Virumaa_algkoolid, lk 13
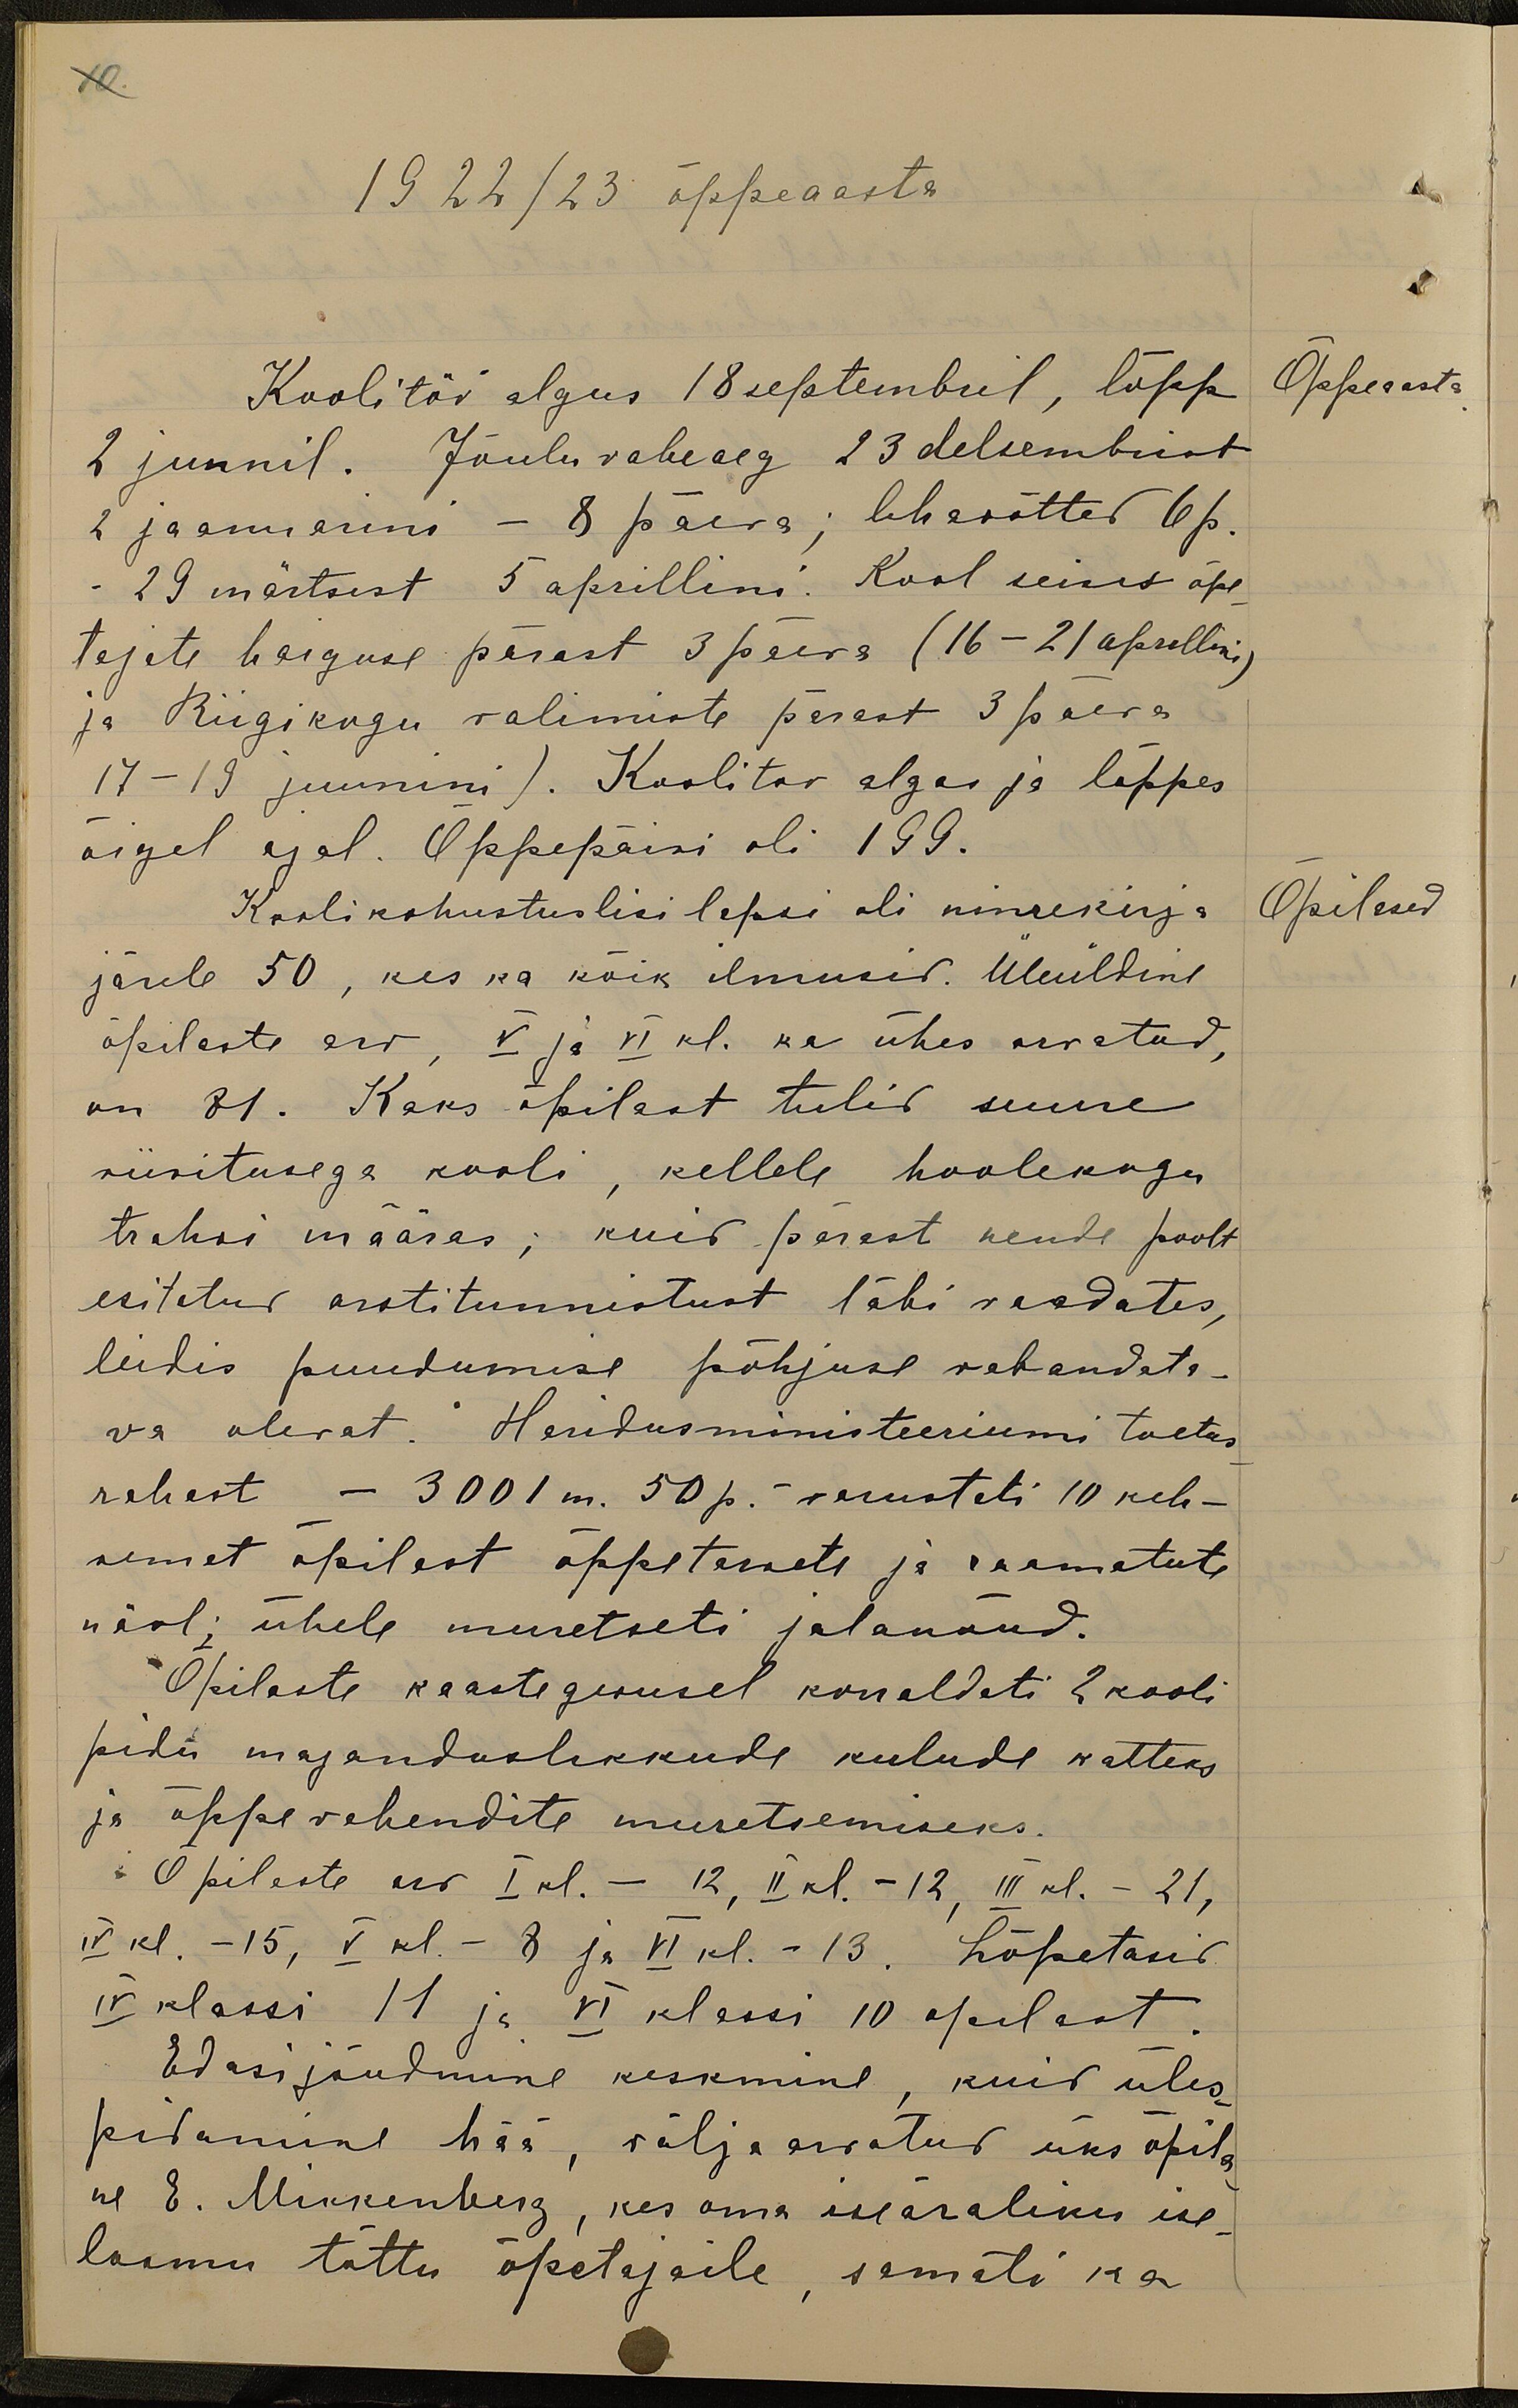
10.
1922/23 õppeaasta
Koolitöö algus 18 septembril, lõpp
Õppeaasta
2 juunil. Jõuluvaheaeg 23 detsembrist
2 jaanuarini - 8 päeva; lihavõtted 6 p.
29 märtsist 5 aprillini. Kool seisis õpe-
tajate haiguse pärast 3 päeva (16 - 21 aprillini)
ja Riigikogu valimiste pärast 3 päeva
17-19 juunini). Koolitoo algas ja lõppes
õigel ajal. Õppepäevi oli 199.
Kooli kohustuslisi lapsi oli nimekirja
Õpilased
järele 50, kes ka kõik ilmusid. Üleüldine
õpilaste arv, V ja VI kl. ka ühes arvatud,
on 81. Kaks õpilast tulid suure
viivitusega kooli, kellele hoolekogu
trahvi määras; kuid pärast nende poolt
esitatud arstitunnistust läbi vaadates,
leidis puudumise põhjuse vabandata-
va olevat. Haridusministeeriumi toetus
rahast - 3001 m. 50 p.- varustati 10 keh-
vemat õpilast õppetarvete ja raamatute
näol: ühele muretseti jalanõud.
Õpilaste kaastegevusel korraldati 2 kooli
pidu majanduslikkude kulude katteks
ja õppevahendite muretsemiseks.
Õpilaste arv I kl. - 12, II kl. - 12, III kl. - 21,
IV kl. - 15, V kl. - 8 ja VI kl. - 13. Lõpetasid
IV klassi 11 ja VI klass'i 10 õpilast
Edasi jõudmine keskmine, kuid üles-
pidamine hää, välja arvatud üks õpila
ne E. Mikkenberg, kes oma iseäraliku ise-
loomu tõttu õpetajaile, samati ka